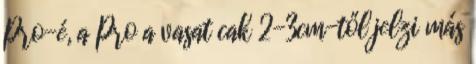
Pro-é, a Pro a vasat cak 2-3cm-től jelzi más